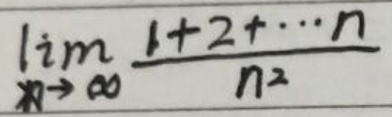
$\lim_{n \to \infty} \frac{1 + 2 + \cdots + n}{n^2}$